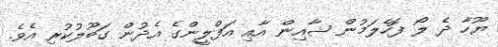
ޔޫހާ ދެ ލޯ ފޮހެލަމުން ޝާއިން އާއި އަފްލީންގެ އެދުން ގަބޫލުކުރި އެވެ.